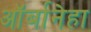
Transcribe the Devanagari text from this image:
ऑर्बानेहा